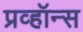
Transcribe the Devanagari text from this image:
प्रव्हॉन्स